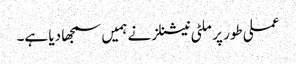
عملی طور پر ملٹی نیشنلز نے ہمیں سمجھا دیا ہے۔